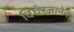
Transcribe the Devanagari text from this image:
विधेरज्ञानेन